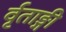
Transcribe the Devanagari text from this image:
र्वृताङ्गी